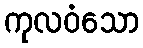
ကုလဝံသော